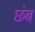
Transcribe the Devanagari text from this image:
छंब